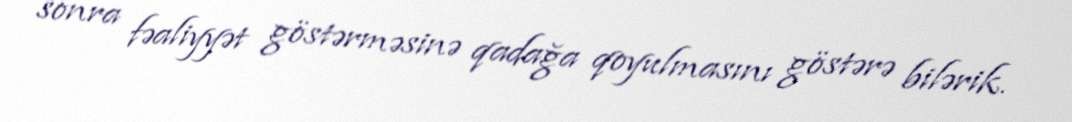
sonra fəaliyyət göstərməsinə qadağa qoyulmasını göstərə bilərik.